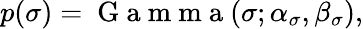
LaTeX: p(\sigma)=\mathrm{~G~a~m~m~a~}(\sigma;\alpha_{\sigma},\beta_{\sigma}),